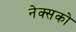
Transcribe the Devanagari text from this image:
नेक्सको